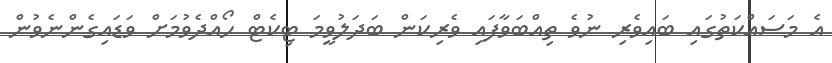
އެ މަސައްކަތުގައި ބައިވެރި ނުވެ ތިއްބަވާފައި ވެރިކަން ބަދަލުވީމަ ޓިކެޓް ހޯއްދެވުމަށް ވަޑައިގެންނެވުން